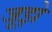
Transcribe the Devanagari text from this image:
जूझे